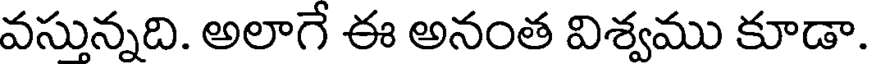
వసున్నది. అలాగే ఈ అనంత విశ్వము కూడా.